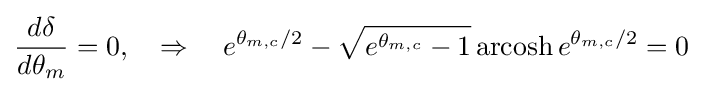
{\frac {d\delta }{d\theta _{m}}}=0,\quad \Rightarrow \quad e^{\theta _{m,c}/2}-{\sqrt {e^{\theta _{m,c}}-1}}\operatorname {arcosh} e^{\theta _{m,c}/2}=0